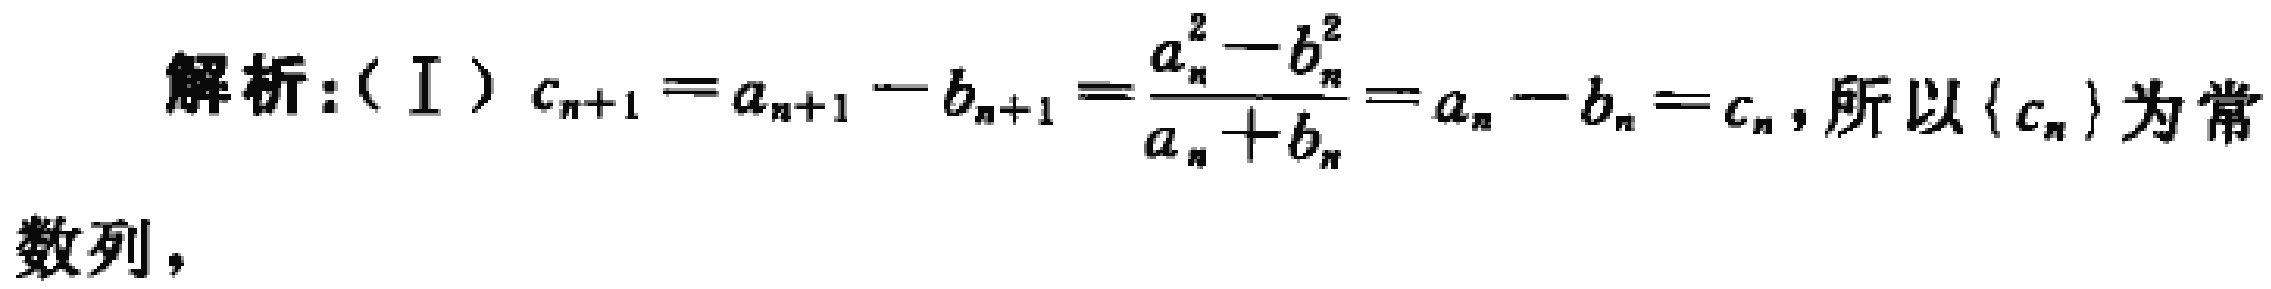
解析:（I）$c_{n + 1} = a_{n + 1} - b_{n + 1} = \frac{a_{n}^{2} - b_{n}^{2}}{a_{n} + b_{n}} = a_{n} - b_{n} = c_{n}$, 所以$\{ c_{n}\}$为常数列，